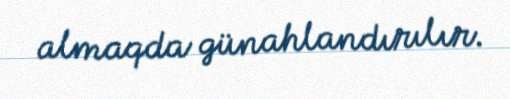
almaqda günahlandırılır.